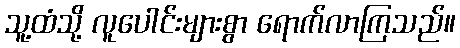
သူ့ထံသို့ လူပေါင်းများစွာ ရောက်လာကြသည်။